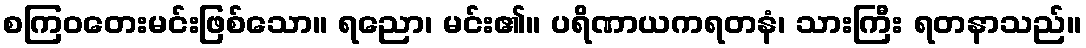
စကြဝတေးမင်းဖြစ်သော။ ရညော၊ မင်း၏။ ပရိဏာယကရတနံ၊ သားကြီး ရတနာသည်။